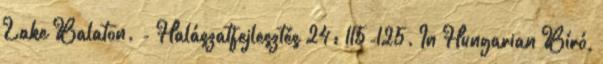
Lake Balaton. - Halászatfejlesztés 24: 115-125. In Hungarian Bíró,